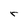
Character: r